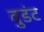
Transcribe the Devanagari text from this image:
वुडंट